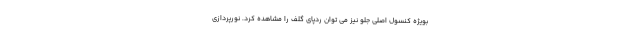
بویژه کنسول اصلی جلو نیز می توان ردپای گلف را مشاهده کرد. نورپردازی